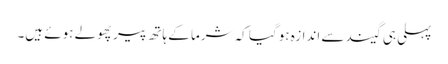
پہلی ہی گیند سے اندازہ ہوگیا کہ شرما کے ہاتھ پیر پھولے ہوئے ہیں۔